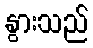
နွားသည်